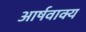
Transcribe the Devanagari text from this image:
आर्षवाक्य